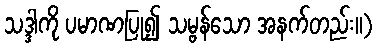
သဒ္ဒါကို ပမာဏပြု၍ သမ္ဗန်သော အနက်တည်း။)